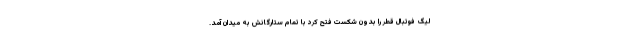
لیگ فوتبال قطر را بدون شکست فتح کرد با تمام ستارگانش به میدان آمد.